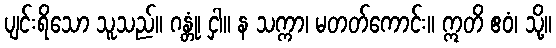
ပျင်းရိသော သူသည်။ ဂန္တုံ၊ ငှါ။ န သက္ကာ၊ မတတ်ကောင်း။ ဣတိ ဧဝံ၊ သို့။